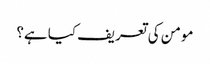
مومن کی تعریف کیا ہے؟